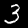
Digit: 3